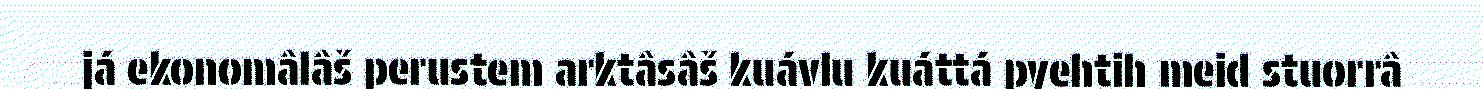
já ekonomâlâš perustem arktâsâš kuávlu kuáttá pyehtih meid stuorrâ